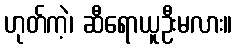
ဟုတ်ကဲ့၊ ဆီရောယူဦးမလား။